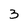
Character: 3